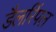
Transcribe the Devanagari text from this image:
डैलरिंपल